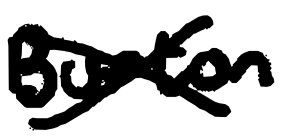
Text: Burton
Cross-out: cross
Writing tool: digital_black